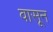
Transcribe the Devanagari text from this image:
वासून